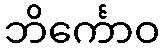
ဘိင်္ကောဝ